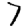
Digit: 7